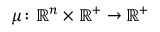
\mu \colon \mathbb { R } ^ { n } \times \mathbb { R } ^ { + } \to \mathbb { R } ^ { + }